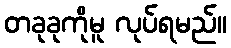
တခုခုကိုမူ လုပ်ရမည်။